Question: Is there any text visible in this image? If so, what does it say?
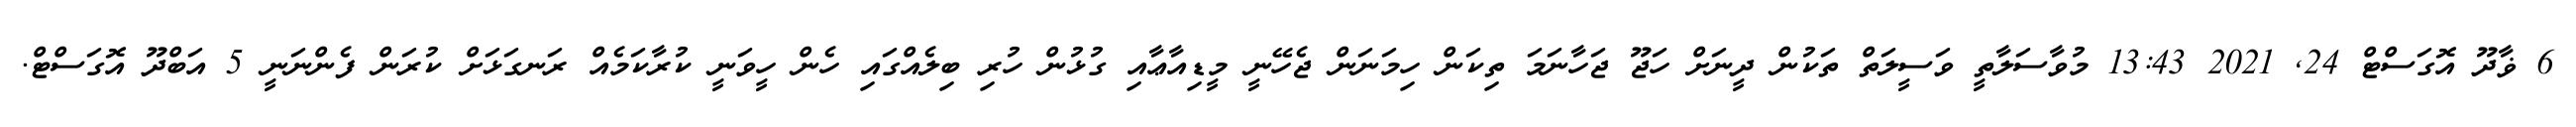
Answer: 6 ޥާދޫ އޮގަސްޓް 24, 2021 13:43 މުވާސަލާތީ ވަސީލަތް ތަކުން ދީނަށް ހަޖޫ ޖަހާނަމަ ތިކަން ހިމަނަން ޖެހޭނީ މީޑިއާޢާއި ގުޅުން ހުރި ބިލެއްގައި ހެން ހީވަނީ ކުރާކަމެއް ރަނގަޅަށް ކުރަން ފެންނަނީ 5 އަބްދޫ އޮގަސްޓް.